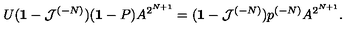
U ( { \bf 1 } - { \cal J } ^ { ( - N ) } ) ( { \bf 1 } - P ) A ^ { 2 ^ { N + 1 } } = ( { \bf 1 } - { \cal J } ^ { ( - N ) } ) p ^ { ( - N ) } A ^ { 2 ^ { N + 1 } } .